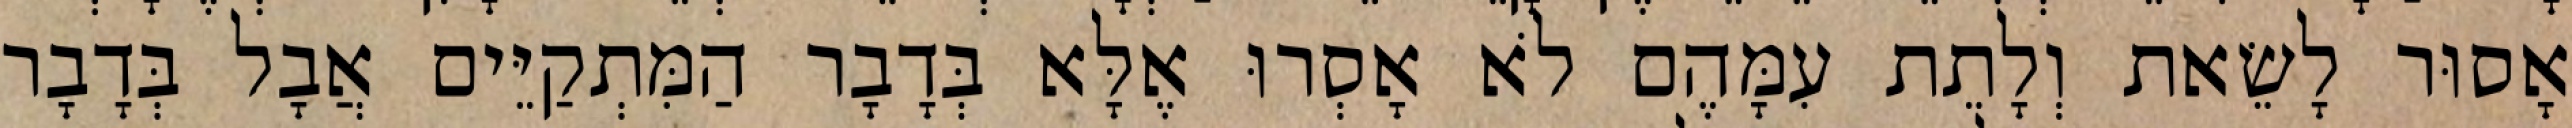
אָסוּר לָשֵׂאת וְלָתֵת עִמָּהֶם לֹא אָסְרוּ אֶלָּא בְּדָבָר הַמִּתְקַיֵּים אֲבָל בְּדָבָר